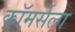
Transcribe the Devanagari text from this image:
कॉमर्सला